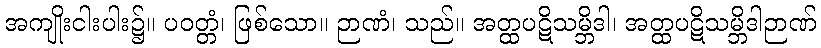
အကျိုးငါးပါး၌။ ပဝတ္တံ၊ ဖြစ်သော။ ဉာဏံ၊ သည်။ အတ္ထပဋိသမ္ဘိဒါ၊ အတ္ထပဋိသမ္ဘိဒါဉာဏ်